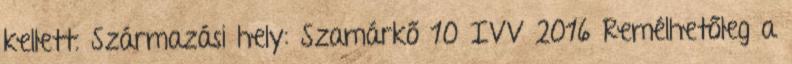
kellett. Származási hely: Szamárkő 10 IVV 2016 Remélhetőleg a